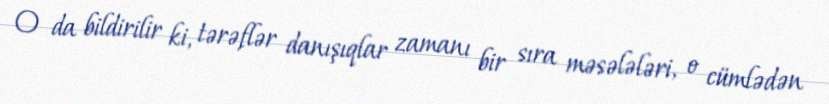
O da bildirilir ki, tərəflər danışıqlar zamanı bir sıra məsələləri, o cümlədən